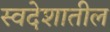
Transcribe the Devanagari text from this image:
स्वदेशातील